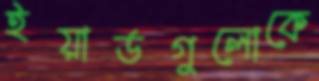
ইয়ার্ডগুলোকে